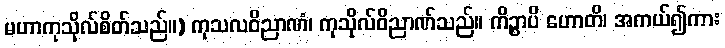
မဟာကုသိုလ်စိတ်သည်။) ကုသလဝိညာဏံ၊ ကုသိုလ်ဝိညာဏ်သည်။ ကိဉ္စာပိ ဟောတိ၊ အကယ်၍ကား